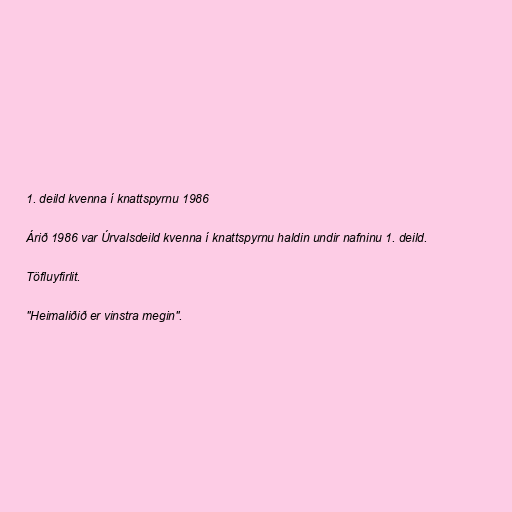
1. deild kvenna í knattspyrnu 1986

Árið 1986 var Úrvalsdeild kvenna í knattspyrnu haldin undir nafninu 1. deild.

Töfluyfirlit.

"Heimaliðið er vinstra megin".